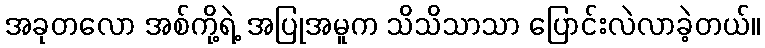
အခုတလော အစ်ကို့ရဲ့ အပြုအမူက သိသိသာသာ ပြောင်းလဲလာခဲ့တယ်။